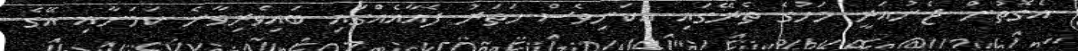
އެގޮތުން ޖެނުއަރީ މަހުގެ ތެރޭގައި އެކަނިވެސް ހަތަރު ފެއާއެއްގައި ބައިވެރިވާނެ ކަމަށާއި އޭގެ